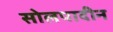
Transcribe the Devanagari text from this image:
सोलपादीन